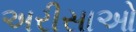
અરીસાઓ